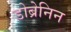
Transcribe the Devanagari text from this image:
डोब्रेनिन